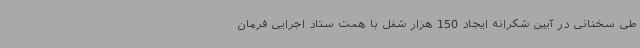
طی سخنانی در آیین شکرانه ایجاد 150 هزار شغل با همت ستاد اجرایی فرمان